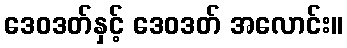
ဒေဝဒတ်နှင့် ဒေဝဒတ် အလောင်း။